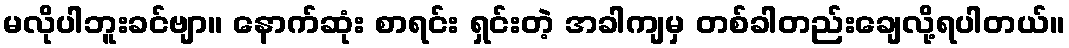
မလိုပါဘူးခင်ဗျာ။ နောက်ဆုံး စာရင်း ရှင်းတဲ့ အခါကျမှ တစ်ခါတည်းချေလို့ရပါတယ်။